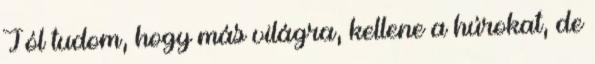
Jól tudom, hogy más világra, kellene a húrokat, de